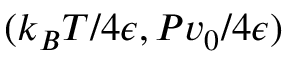
( k _ { B } T / 4 \epsilon , P v _ { 0 } / 4 \epsilon )